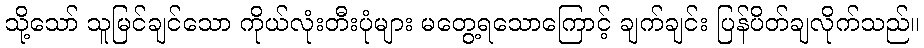
သို့သော် သူမြင်ချင်သော ကိုယ်လုံးတီးပုံများ မတွေ့ရသောကြောင့် ချက်ချင်း ပြန်ပိတ်ချလိုက်သည်။